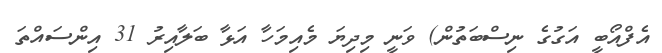
އެފްއޯބީ އަގުގެ ނިސްބަތުން) ވަނީ މިދިޔަ މެއިމަހާ އަޅާ ބަލާއިރު 31 އިންސައްތަ